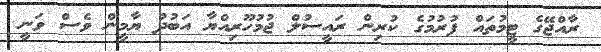
ރާއްޖޭގެ ޓީމުތައް ފުރުމުގެ ކުރިން ރައީސުލް ޖުމުހޫރިއްޔާ އަބުދު ޔާމީން ވެސް ވަނީ